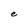
Character: e